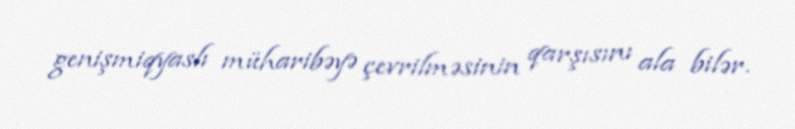
genişmiqyaslı müharibəyə çevrilməsinin qarşısını ala bilər.